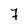
Character: 7